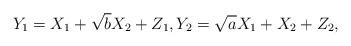
LaTeX: \begin{align*} Y_1 = X_1 + \sqrt{b}X_2 + Z_1,Y_2 = \sqrt{a}X_1 + X_2 + Z_2,\end{align*}